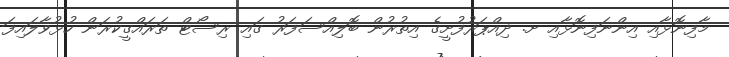
މާފިނޮޅާއި އިންނަފިނޮޅާއި ށ. ދިއްޕަރުފުށީގެ އިތުރުން ބޮލިއްސަފަރު ގައި ރިސޯޓް ތަރައްގީކުރަން ހުޅުވާލައިފަ